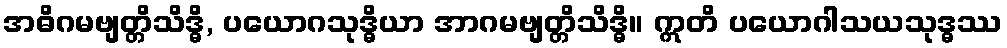
အဓိဂမဗျတ္တိသိဒ္ဓိ, ပယောဂသုဒ္ဓိယာ အာဂမဗျတ္တိသိဒ္ဓိ။ ဣတိ ပယောဂါသယသုဒ္ဓဿ